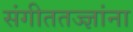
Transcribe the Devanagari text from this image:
संगीततज्ज्ञांना